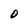
Character: O